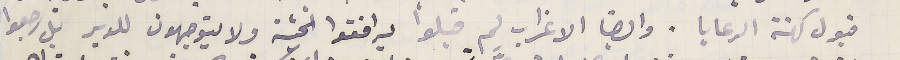
قبول كهنة الرعايا. وايضا الاغراب لم قبلوا يرافقوا الجثة ولا يتوجهون للدير بل رجعوا